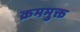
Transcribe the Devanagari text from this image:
क्रममुक्त